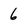
Character: 6